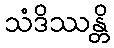
သံဒိဿန္တိ